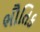
ભૌતિક